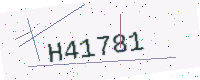
Text: H41781